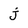
Character: j